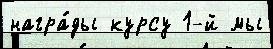
награ́ды курсу 1-й мы